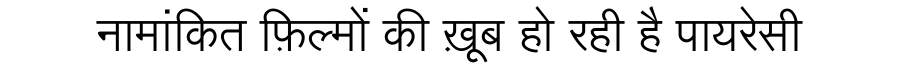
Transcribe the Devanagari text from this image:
नामांकित फ़िल्मों की ख़ूब हो रही है पायरेसी